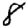
Digit: 8